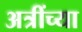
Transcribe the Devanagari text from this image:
अत्रींच्या